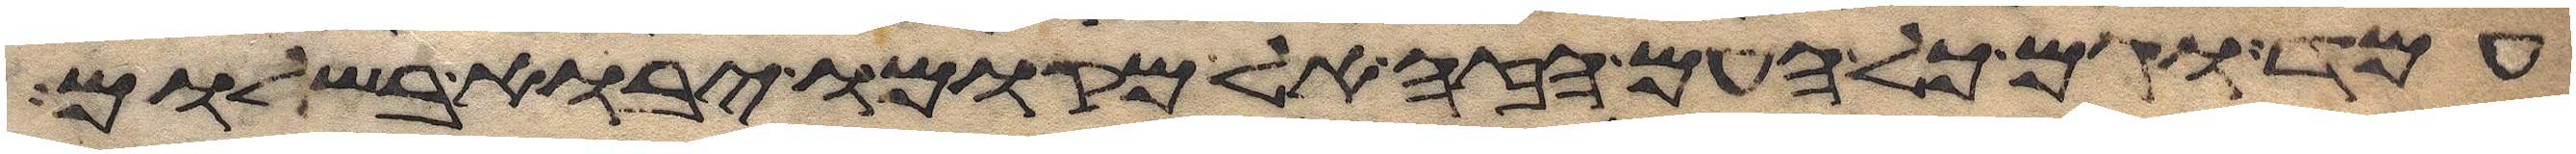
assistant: עמד וגם כל העם הזה אל מקומו יבוא בשלום